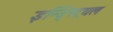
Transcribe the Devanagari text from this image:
इन्ड्स्ट्रियल